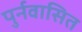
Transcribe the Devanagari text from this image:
पुर्नवासित